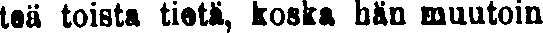
teä toista tietä, koska hän muutoin